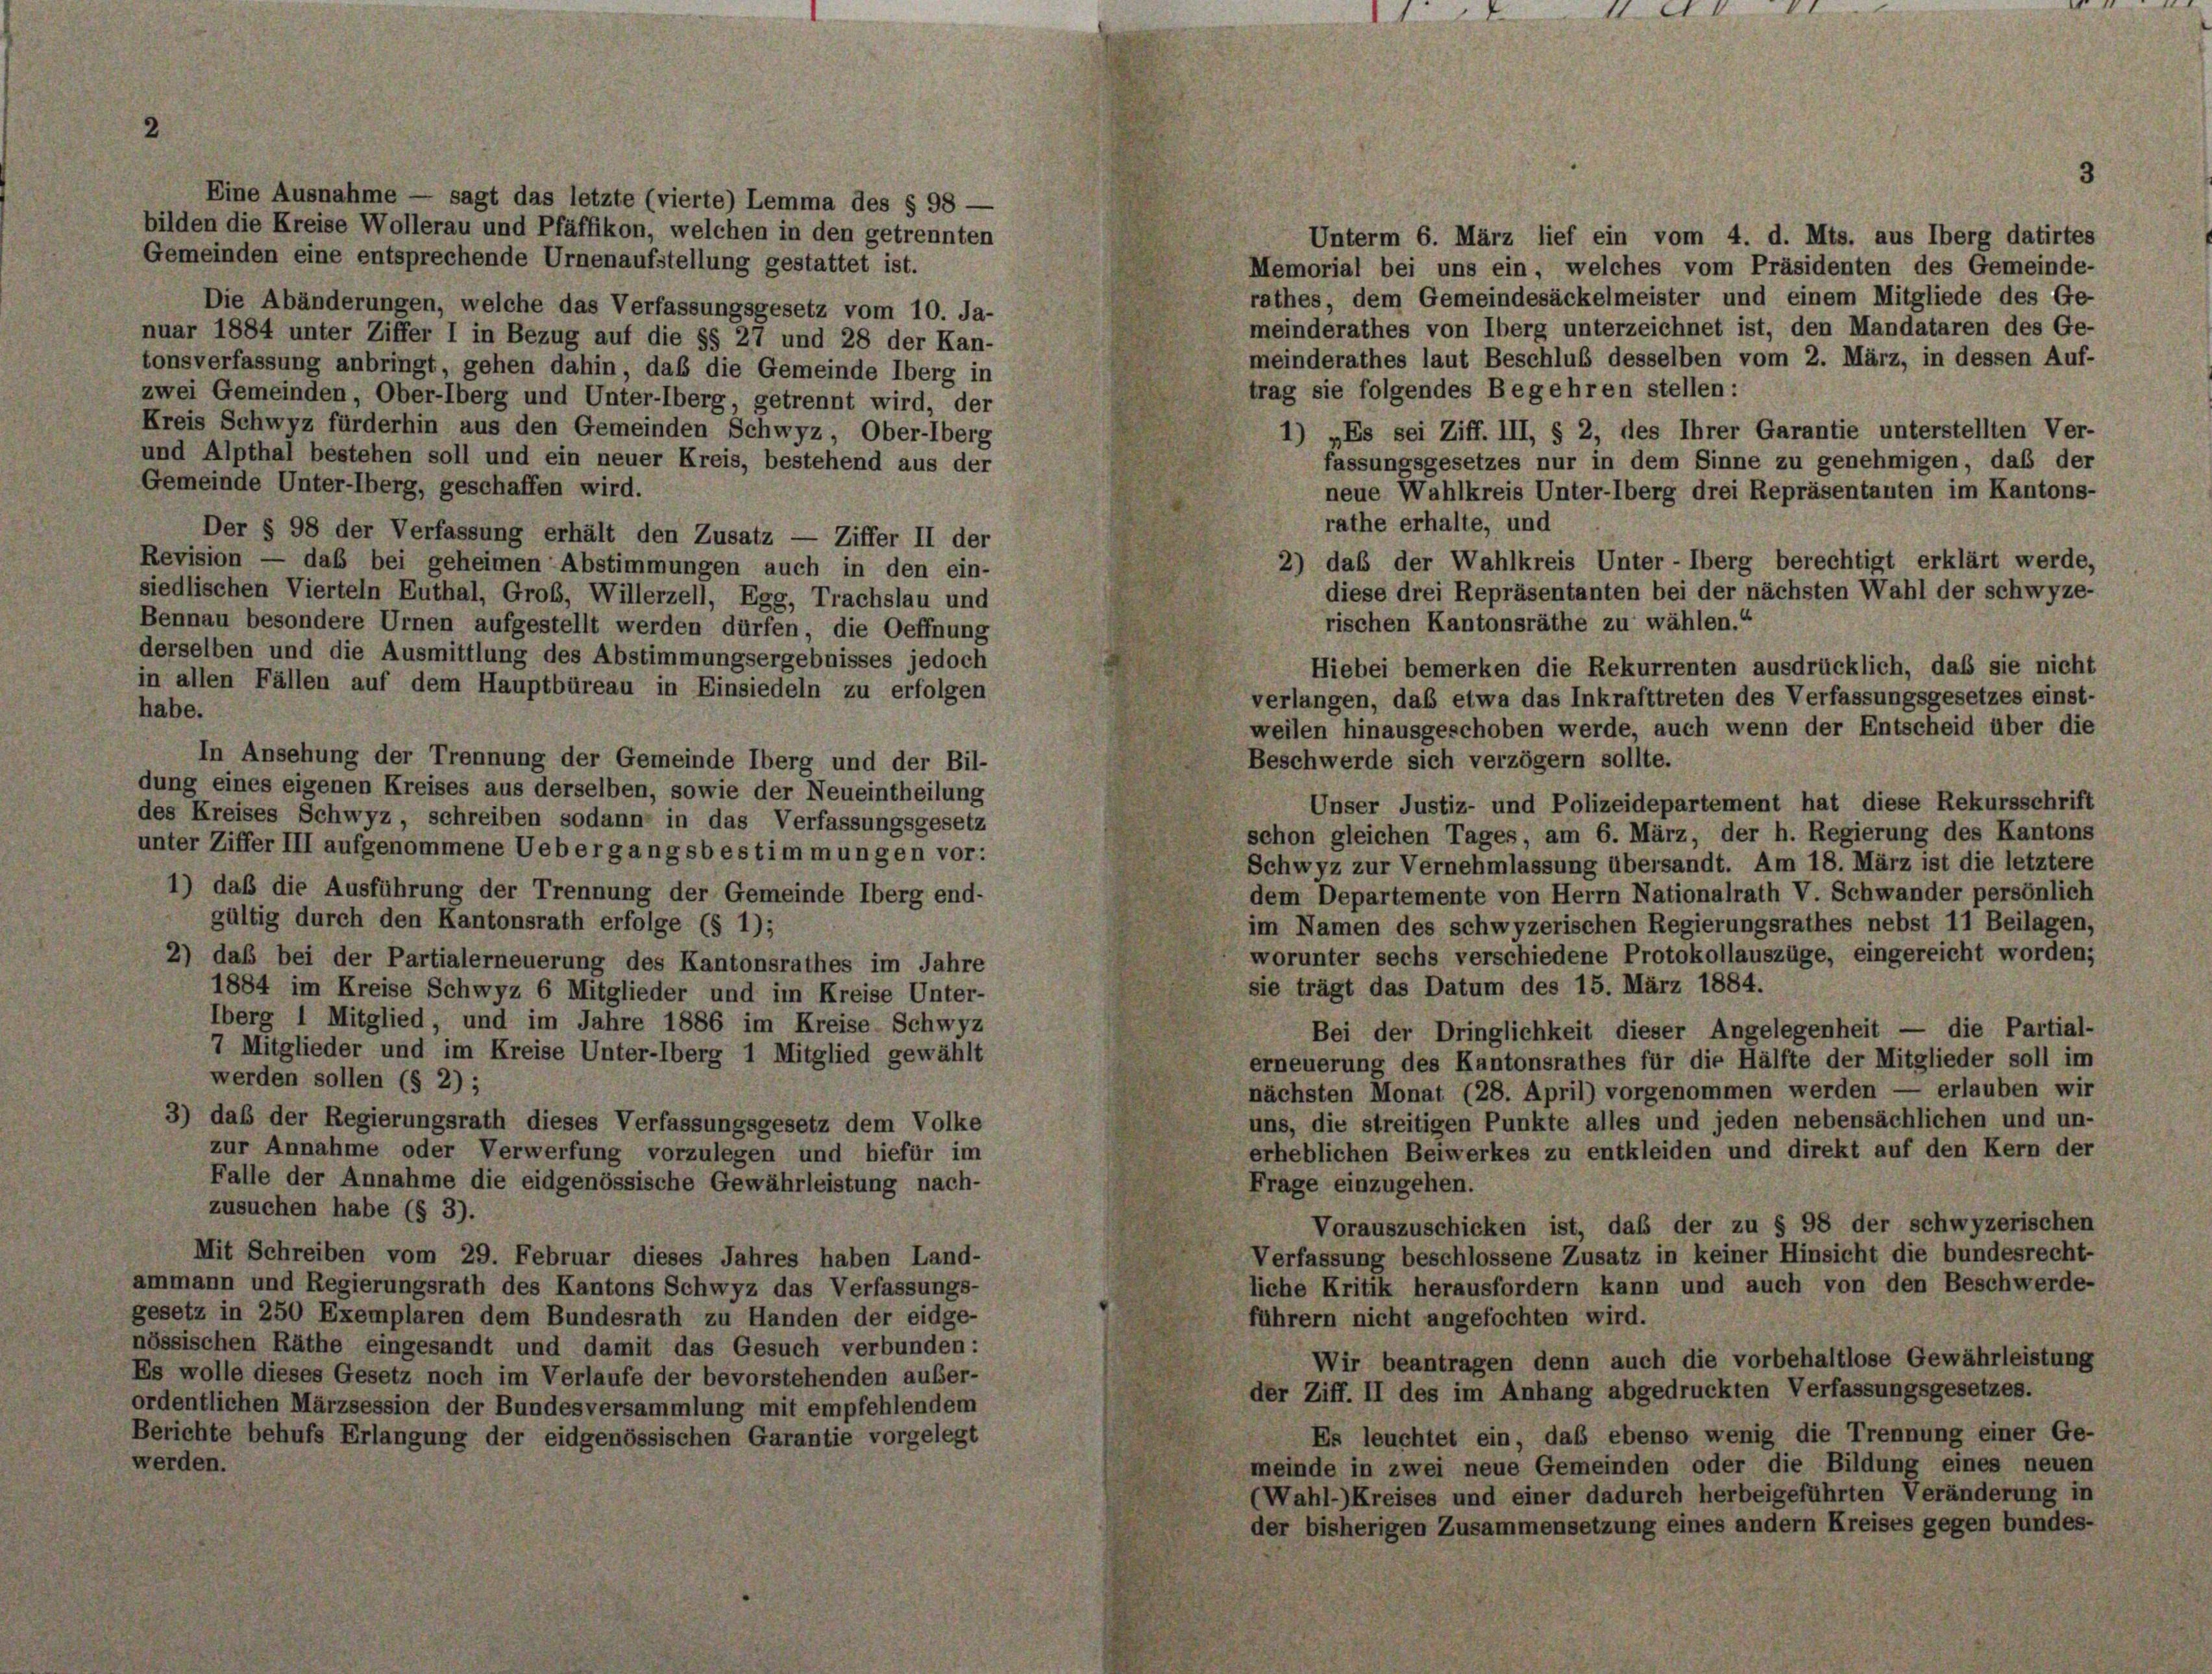
bilden die Kreise Wollerau und Pfäffikon, welchen in den getrennten
Gemeinden eine entsprechende Urnenaufstellung gestattet ist.
Die Abänderungen, welche das Verfassungsgesetz vom 10. Ja-
nuar 1884 unter Ziffer I in Bezug auf die §§ 27 und 28 der Kan-
tonsverfassung anbringt, gehen dahin, daß die Gemeinde Iberg in
zwei Gemeinden, Ober-lberg und Unter-lberg, getrennt wird, der
Kreis Schwyz fürderhin aus den Gemeinden Schwyz, Ober-lberg
und Alpthal bestehen soll und ein neuer Kreis, bestehend aus der
Gemeinde Unter-Oberg, geschaffen wird.
Der § 98 der Verfassung erhält den Zusatz — Ziffer II der
Revision — das bei geheimen Abstimmungen auch in den ein-
siedlischen Vierteln Enthal, Grob, Willerzell, Egg, Trachslau und
Bennau besondere Urnen aufgestellt werden dürfen, die Oeffnung
derselben und die Ausmittlung des Abstimmungsergebnisses jedoch
in allen Fällen auf dem Hauptbüreau in Einsiedeln zu erfolgen
habe.
In Ansehung der Trennung der Gemeinde Überg und der Bil-
dung eines eigenen Kreises aus derselben, sowie der Neueintheilung
des Kreises Schwyz, schreiben sodann in das Verfassungsgesetz
unter Ziffer III aufgenommene Uebergangsbestimmungen vor:
1) daß die Ausführung der Trennung der Gemeinde Iberg end-
gültig durch den Kantonsrath erfolge (§ 1);
2) daß bei der Partialerneuerung des Kantonsrathes im Jahre
1884 im Kreise Schwyz 6 Mitglieder und im Kreise Unter-
Überg 1 Mitglied, und im Jahre 1886 im Kreise- Schwyz
7 Mitglieder und im Kreise Unter-lberg 1 Mitglied gewählt
werden sollen (§ 2);
3) das der Regierungsrath dieses Verfassungsgesetz dem Volke
zur Annahme oder Verwerfung vorzulegen und hiefür im
Falle der Annahme die eidgenössische Gewährleistung nach-

vom 29. Februar dieses Jahres haben
rungsrath des Kantons Schwyz das Verfass
mplaren dem Bundesrath zu Handen der e
ingesandt und damit das Gesuch verbun
setz noch im Verlaufe der bevorstehenden a

Eine Ausnahme — sagt das letzte (vierte) Lemma des § 98 —

Unterm 6. März lief ein vom 4. d. Mts. aus Iberg datirtes
Memorial bei uns ein, welches vom Präsidenten des Gemeinde-
rathes, dem Gemeindesäckelmeister und einem Mitgliede des Ge-
meinderathes von Überg unterzeichnet ist, den Mandataren des Ge-
meinderathes laut Beschluß desselben vom 2. März, in dessen Auf-
trag sie folgendes Begehren stellen:
1) „Es sei Ziff. III, § 2, des Ihrer Garantie unterstellten Ver-
fassungsgesetzes nur in dem Sinne zu genehmigen, daß der
neue Wahlkreis Unter-lberg drei Repräsentanten im Kantons-
rathe erhalte, und
2) das der Wahlkreis Unter-Oberg berechtigt erklärt werde,
diese drei Repräsentanten bei der nächsten Wahl der Schwyz-
rischen Kantonsräthe zu wählen.“
Hiebei bemerken die Rekurrenten ausdrücklich, daß sie nicht
verlangen, daß etwa das Inkrafttreten des Verfassungsgesetzes einst-
weilen hinausgeschoben werde, auch wenn der Entscheid über die
Beschwerde sich verzögern sollte.
Unser Justiz- und Polizeidepartement hat diese Rekursschrift
schon gleichen Tages, am 6. März, der h. Regierung des Kantons
Schwyz zur Vernehmlassung übersandt. Am 18. März ist die letztere
dem Departemente von Herrn Nationalrath V. Schwander persönlich
im Namen des schwyzerischen Regierungsrathes nebst 11 Beilagen,
worunter sechs verschiedene Protokollauszüge, eingereicht worden;
sie trägt das Datum des 15. März 1884.
Bei der Dringlichkeit dieser Angelegenheit — die Partial-
erneuerung des Kantonsrathes für die Hälfte der Mitglieder soll im
nächsten Monat (28. April) vorgenommen werden — erlauben wir
uns, die streitigen Punkte alles und jeden nebensächlichen und un-
erheblichen Beiwerkes zu entkleiden und direkt auf den Kern der
Frage einzugehen.
Vorauszuschicken ist, daß der zu § 98 der schwyzerischen
Verfassung beschlossene Zusatz in keiner Hinsicht die bundesrecht-
liche Kritik herausfordern kann und auch von den Beschwerde-
führern nicht angefochten wird.
Wir beantragen denn auch die vorbehaltlose Gewährleistung
der Ziff. II des im Anhang abgedruckten Verfassungsgesetzes.
Es leuchtet ein, daß ebenso wenig die Trennung einer Ge-
meinde in zwei neue Gemeinden oder die Bildung eines neuen
(Wahl-) Kreises und einer dadurch herbeigeführten Veränderung in
der bisherigen Zusammensetzung eines andern Kreises gegen bundes-